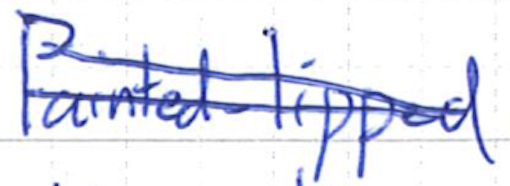
Text: Painted-lipped
Cross-out: double-line
Writing tool: ballpoint